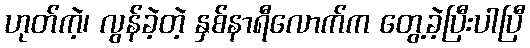
ဟုတ်ကဲ့၊ လွန်ခဲ့တဲ့ နှစ်နာရီလောက်က တွေ့ခဲ့ပြီးပါပြီ